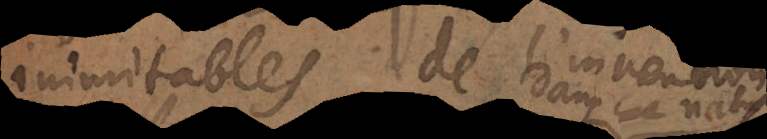
inimitables de l’inven